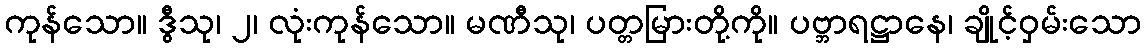
ကုန်သော။ ဒွီသု၊ ၂၊ လုံးကုန်သော။ မဏီသု၊ ပတ္တမြားတို့ကို။ ပဗ္ဘာရဋ္ဌာနေ၊ ချိုင့်ဝှမ်းသော